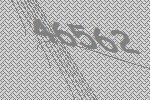
46562